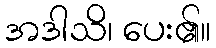
အဒါသိ၊ ပေး၏။